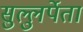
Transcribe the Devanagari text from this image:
सुल्लुर्पेता